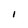
Character: l